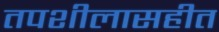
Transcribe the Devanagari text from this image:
तपशीलासहीत